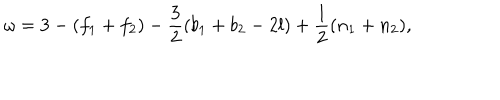
LaTeX: \omega = 3 - ( f _ { 1 } + f _ { 2 } ) - \frac { 3 } { 2 } ( b _ { 1 } + b _ { 2 } - 2 l ) + \frac { 1 } { 2 } ( n _ { 1 } + n _ { 2 } ) ,